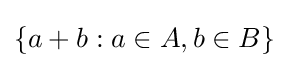
\{a+b:a\in A,b\in B\}